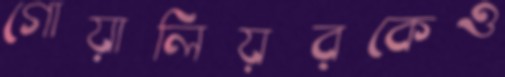
গোয়ালিয়রকেও